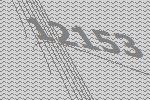
12153